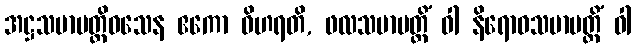
အဋ္ဌသမာပတ္တိဝသေန ဧကော ဝိဟရတိ, ဖလသမာပတ္တိံ ဝါ နိရောဓသမာပတ္တိံ ဝါ